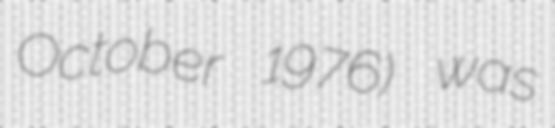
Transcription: October 1976) was